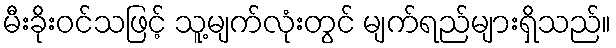
မီးခိုးဝင်သဖြင့် သူ့မျက်လုံးတွင် မျက်ရည်များရှိသည်။